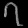
Digit: ၇